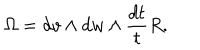
LaTeX: \Omega = d v \wedge d w \wedge \frac { d t } { t } R .